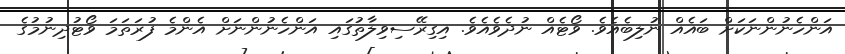
އަންހެނުންނަކަށް ބައެއް ނުލިބެއެވެ. ވޯޓެއް ނުދެވެއެވެ. އިގިރޭސިވިލާތުގައި އަންހެނުންނަށް އެންމެ ފުރަތަމަ ވޯޓުދިނުމުގެ